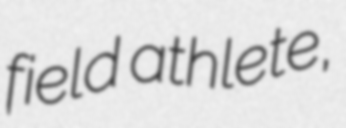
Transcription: field athlete,